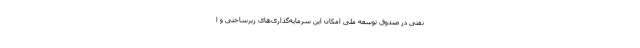
نفتی در صندوق توسعه ملی امکان‌ این سرمایه‌گذاری‌های زیرساختی‌ و ا